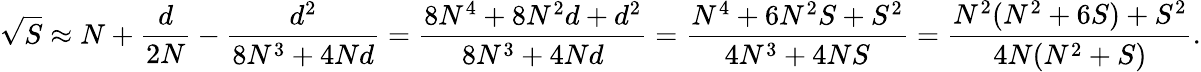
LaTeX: {\sqrt{S}}\approx N+{\frac{d}{2N}}-{\frac{d^{2}}{8N^{3}+4Nd}}={\frac{8N^{4}+8N^{2}d+d^{2}}{8N^{3}+4Nd}}={\frac{N^{4}+6N^{2}S+S^{2}}{4N^{3}+4NS}}={\frac{N^{2}(N^{2}+6S)+S^{2}}{4N(N^{2}+S)}}.